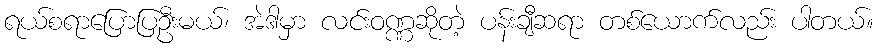
ရယ်စရာပြောပြဦးမယ်၊ အဲဒါမှာ လင်းဝဏ္ဏဆိုတဲ့ ပန်းချီဆရာ တစ်ယောက်လည်း ပါတယ်။